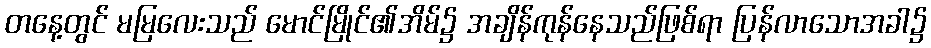
တနေ့တွင် မမြလေးသည် မောင်မြိုင်၏အိမ်၌ အချိန်ကုန်နေသည်ဖြစ်ရာ ပြန်လာသောအခါ၌